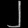
Digit: ၂